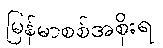
မြန်မာစစ်အစိုးရ